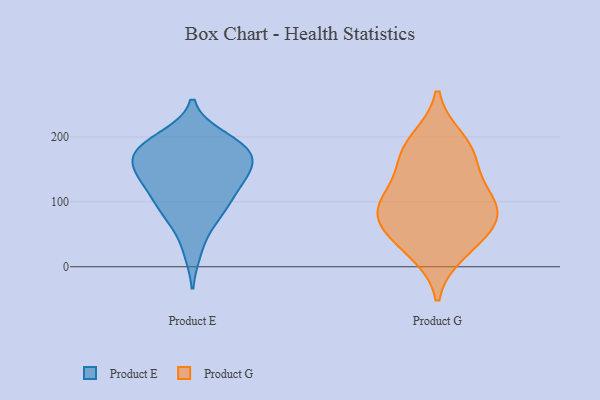
{"axis": {"x": "Satisfaction Score", "y": "Value"}, "legend": ["Product E", "Product G"], "data": [{"x": "", "y": 183, "type": "Product E"}, {"x": "", "y": 135, "type": "Product E"}, {"x": "", "y": 177, "type": "Product E"}, {"x": "", "y": 25, "type": "Product E"}, {"x": "", "y": 188, "type": "Product E"}, {"x": "", "y": 108, "type": "Product E"}, {"x": "", "y": 168, "type": "Product E"}, {"x": "", "y": 199, "type": "Product E"}, {"x": "", "y": 122, "type": "Product E"}, {"x": "", "y": 143, "type": "Product E"}, {"x": "", "y": 76, "type": "Product E"}, {"x": "", "y": 92, "type": "Product E"}, {"x": "", "y": 159, "type": "Product E"}, {"x": "", "y": 162, "type": "Product E"}, {"x": "", "y": 189, "type": "Product E"}, {"x": "", "y": 78, "type": "Product E"}, {"x": "", "y": 135, "type": "Product E"}, {"x": "", "y": 174, "type": "Product G"}, {"x": "", "y": 101, "type": "Product G"}, {"x": "", "y": 194, "type": "Product G"}, {"x": "", "y": 87, "type": "Product G"}, {"x": "", "y": 165, "type": "Product G"}, {"x": "", "y": 24, "type": "Product G"}, {"x": "", "y": 82, "type": "Product G"}, {"x": "", "y": 45, "type": "Product G"}, {"x": "", "y": 114, "type": "Product G"}, {"x": "", "y": 65, "type": "Product G"}]}